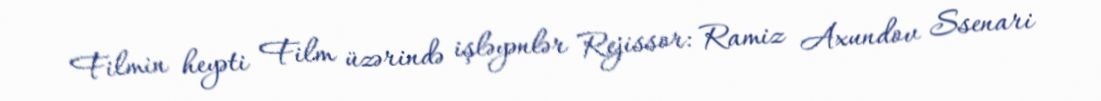
Filmin heyəti Film üzərində işləyənlər Rejissor: Ramiz Axundov Ssenari